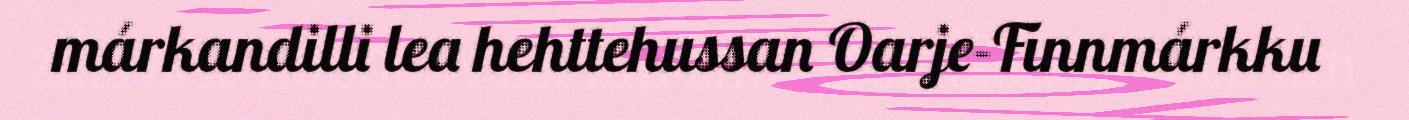
márkandilli lea hehttehussan Oarje-Finnmárkku